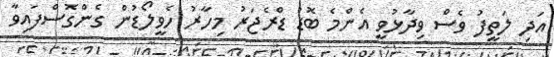
އަދި ލަތީފު ވެސް ވިދާޅުވީ އެންމެ ބޮޑު ޑްރެޖަރު މިހާރު ހެވީލޯޑުން ގެންގޮސްފައިވާ